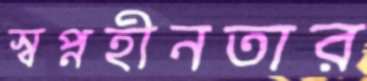
স্বপ্নহীনতার